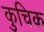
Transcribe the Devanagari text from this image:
कुचिक